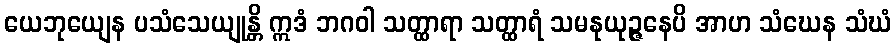
ယေဘုယျေန ပသံသေယျုန္တိ ဣဒံ ဘဂဝါ သတ္ထာရာ သတ္ထာရံ သမနုယုဉ္ဇနေပိ အာဟ သံဃေန သံဃံ